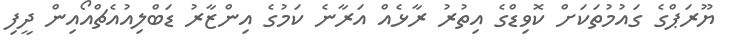
ޔޫރަޕްގެ ގައުމުތަކަށް ކޮވިޑްގެ އިތުރު ރާޅެއް އަރާނެ ކަމުގެ އިންޒާރު ޑަބްލިއުއެޗްއޯއިން ދީފި